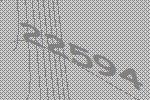
22594